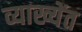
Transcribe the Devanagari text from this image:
व्याख्येंत